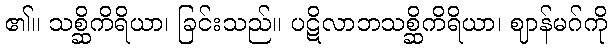
၏။ သစ္ဆိကိရိယာ၊ ခြင်းသည်။ ပဋိလာဘသစ္ဆိကိရိယာ၊ ဈာန်မဂ်ကို